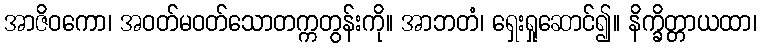
အာဇိဝကော၊ အဝတ်မဝတ်သောတက္ကတွန်းကို။ အာဘတံ၊ ရှေးရှုဆောင်၍။ နိက္ခိတ္တာယထာ၊